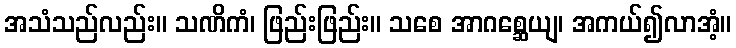
အသံသည်လည်း။ သဏိကံ၊ ဖြည်းဖြည်း။ သစေ အာဂစ္ဆေယျ၊ အကယ်၍လာအံ့။